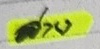
ล่าง